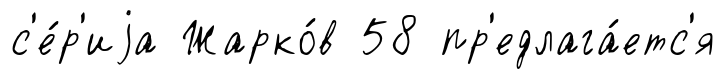
с'е́р'иjа Жарко́в 58 пр'едлага́етс'я